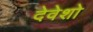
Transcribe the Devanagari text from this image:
देवेशो